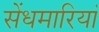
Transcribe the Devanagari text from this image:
सेंधमारियां